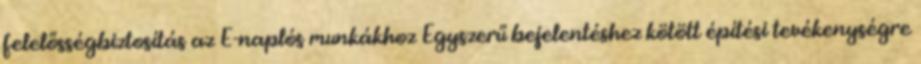
felelősségbiztosítás az E-naplós munkákhoz Egyszerű bejelentéshez kötött építési tevékenységre